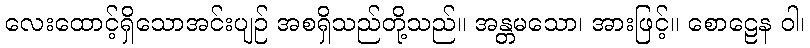
လေးထောင့်ရှိသောအင်းပျဉ် အစရှိသည်တို့သည်။ အန္တမသော၊ အားဖြင့်။ စောဠေန ဝါ၊